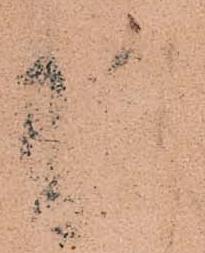
羽